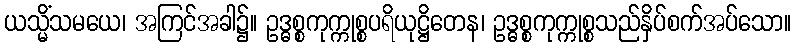
ယသ္မိံသမယေ၊ အကြင်အခါ၌။ ဥဒ္ဓစ္စကုက္ကုစ္စပရိယုဋ္ဌိတေန၊ ဥဒ္ဓစ္စကုက္ကုစ္စသည်နှိပ်စက်အပ်သော။